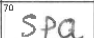
Transcription: SPQ